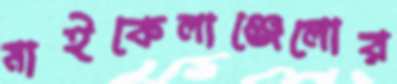
মাইকেলাঞ্জেলোর